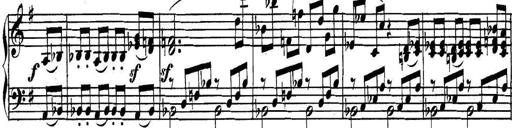
Title: Collected Piano Sonatas
Composer: Muzio Clementi